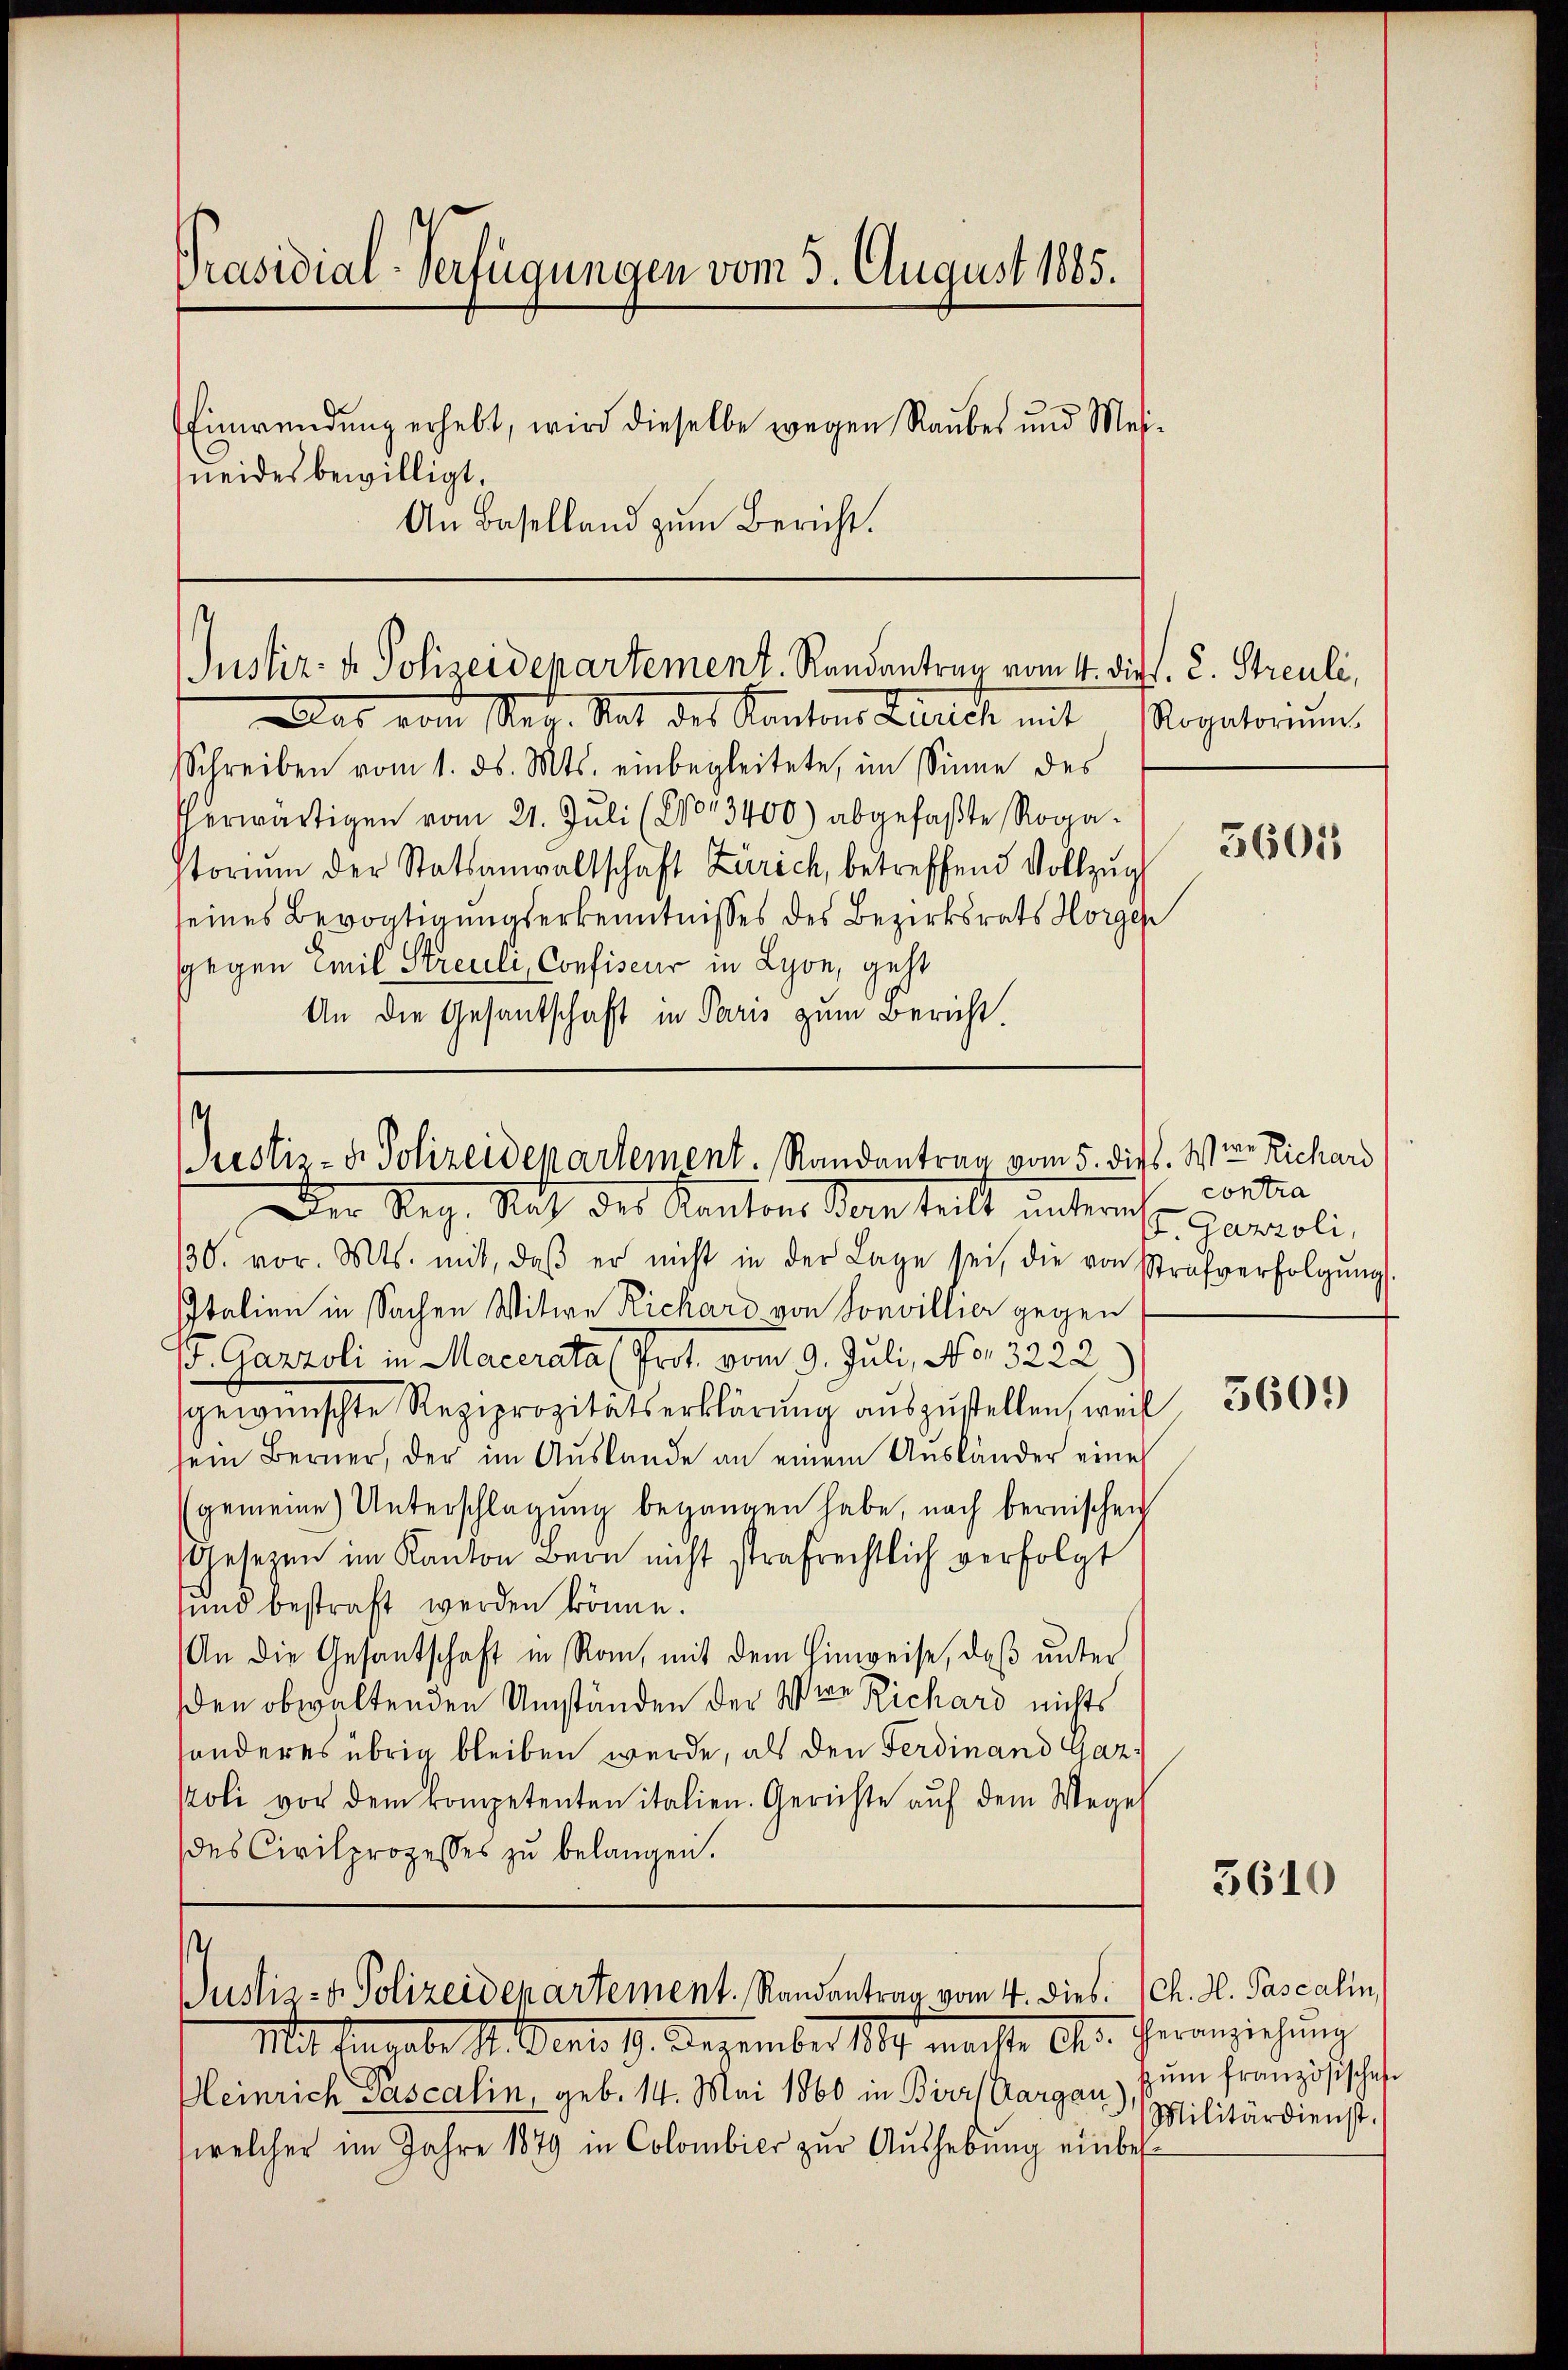
Präsidial-Verfügungen vom 3. August 1885.
Einwendung erhebt, wird dieselbe wegen Raubes und Mei-
neides bewilligt.
An Baselland zum Bericht.

Justiz- & Polizeidepartement. Randantreu vom 4. die. C. Streuli,

as von Math. Stat des Kantons Zürich mit
Schreiben vom 1. ds. Mts. einbegleitete, im Sinne des
herwärtigen vom 21. Juli (2013400) abgefaßte Rogastoriŭm der Statsanwaltschaft Zürich, betreffend Vollzug
seines Bevogtigungserkenntnisses des Bezirksrats Horgen
gegen Emil Streuli, Confiscur in Lyon, geht
An die Gesantschaft in Paris zum Bericht.

Justiz- & Polizeidepartement. Randantrag vom 5. die

Justiz- & Polizeidepartement. Randantrag vom 4. dies: Ich. H. Pascalin

Rogatoriŭm

Der Reg. Nach des Kantons Sarnteilt unterm
/30. vor. Mts. mit, daβ er nicht in der Lage sei, die von Strafverfolgŭng
Italien in Sachen Witwe Richard von Sonvillier gegen
 Gazzoli in Macerata (Prot. vom 9. Juli, No. 3222
gewünschte Reziprozitätserklärung auszustellen, weil
sein Berner, der im Auslande an einem Ausländer eine
gemeine Unterschlagung begangen habe, nach bernischen
Gesetzen im Kanton Bern nicht strafrechtlich verfolgt
sund bestraft werden könne.
An die Gesandschaft in Rom, mit dem Hinweise, daß unter
den obwaltenden Umständen der Wer Richard nichts
sonderes übrig bleiben werde, als den Ferdinand Gazpoli vor dem kompetenten italien. Gerichte auf dem Wege
des Civilprozesses zu belangen.

Mit habe St. Gent. 9. Dezember 1890 machte Chr. Veranziehung
Kleinrich Pascalin, geb. 14. Mai 1860 in Birrs Aargau), zŭm französisches
welcher im Jahre 1879 in Colombier zur Aushebung einbes¬

36011

. W. u. Richard
contra
. Ganzoli,

5609

3610

Militärdienst.